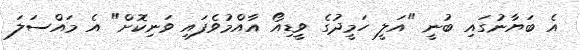
އެ ބަޔާނުގައި ބުނީ "އަލީ ހަމީދުގެ ވީޑިއޯ އާއްމުވެފައި ވަނިކޮށް" އެ މައްސަލަ